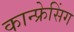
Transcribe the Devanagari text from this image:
कान्फ्रेसिंग